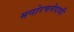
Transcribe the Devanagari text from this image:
मनोरचनेपायी